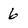
Character: 6